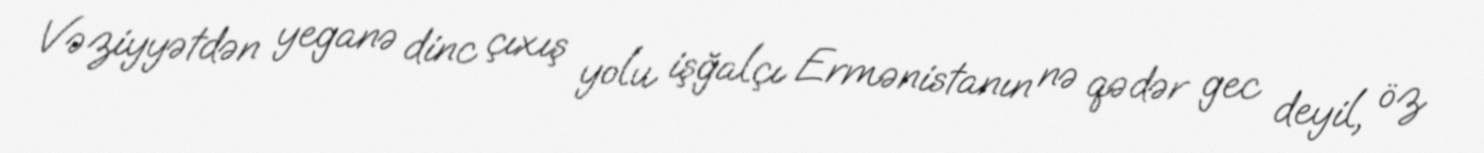
Vəziyyətdən yeganə dinc çıxış yolu işğalçı Ermənistanın nə qədər gec deyil, öz